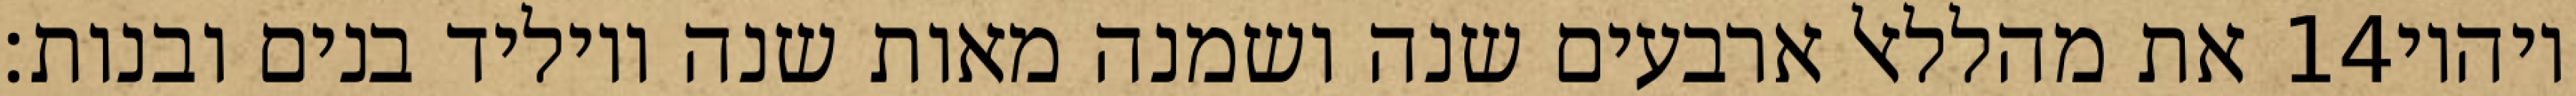
את מהללאל ארבעים שנה ושמנה מאות שנה ויוליד בנים ובנות׃ ‎14‏ ויהיו